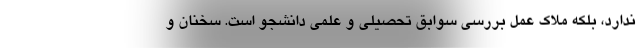
ندارد، بلکه ملاک عمل بررسی سوابق تحصیلی و علمی دانشجو است. سخنان و